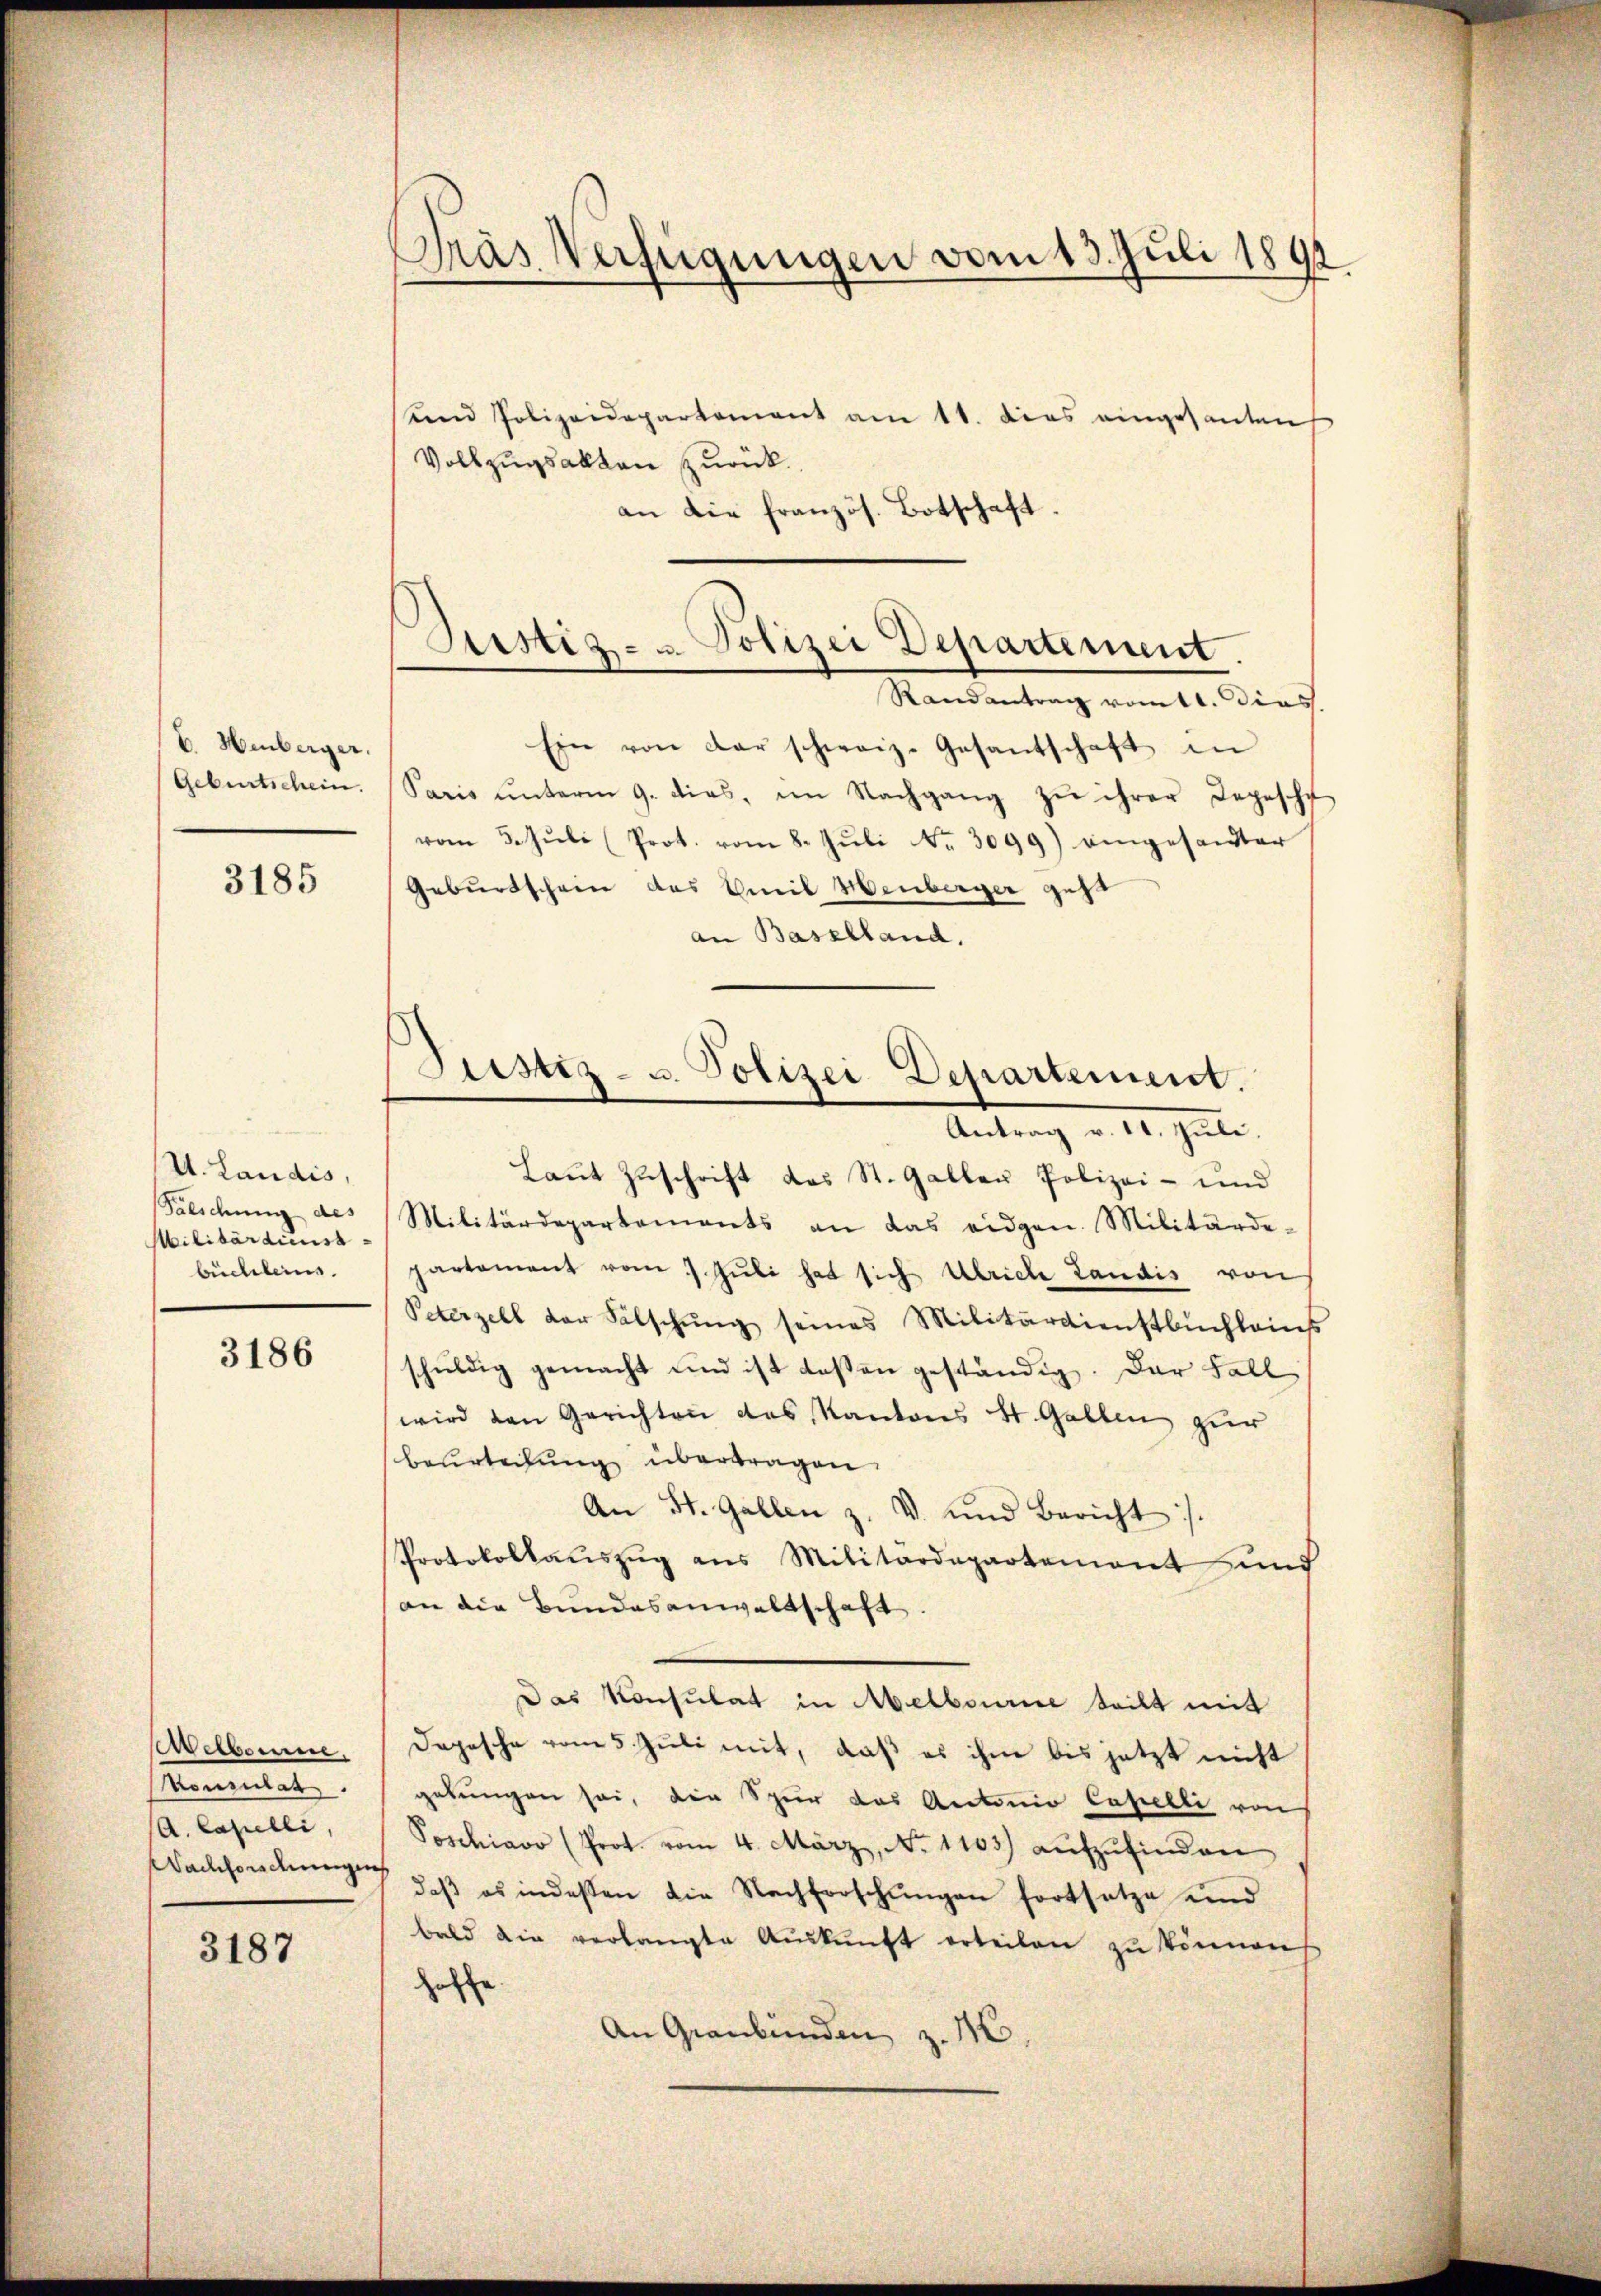
C. Hinberger.
Gebentschein.

3185

U. Landis,
Falschung des
Militärdiess
büchleins.

3186

Welborne
Konsulat.
(A. Capelli,
Nachforschungen

3187

Gras Verfügungen vom 15. Juli 1891
f

Destiz- u. Polizei Departement

und Polizeidepartement am 11. Dies eingesanten
Vollzugsakten zurück.
an die französ. Botschaft
Randantrag vom 11. Dies
Ein von der schweiz. Gesantschaft in
Paris ŭnterm 9. dies, im Nachgang zŭ ihrer Depesche
vom 5. Jŭli (Prot. vom 8. Jŭli Nr. 3099) eingesandter
Geburtschein des Emil Menberger geht
an Baselland.
Laut Zuschrift das St. Gallen Polizei- und
Militärdepartements an das eidgen. Militärde-
partement vom 7. Jŭli hat sich Ulriche Landis von
Peterzell der Fälschŭng seines Militärdienstbuchleins
schuldig gemacht und ist deßen geständig. Der Fall
wird den Gerichten des Kantons St. Gallen zur
beurteilung übertragen.
An St. Gallen z. v. und Bericht :/.
Protokollaŭszŭg ans Militärdepartement und
an die Bundesanwaltschaft.
Das Konsulat in Melbourie teilt mit
Dopesche vom 5. Juli mit, daß es ihm bis jetzt nicht
gebungen sei, die Spur das Antonio Capelli von
Poschiavo (Prot. vom 4. März, No. 1103) aŭfzŭfinden
daβ es indeßen die Nachforschŭngen fortsetze und
bald die verlangte Aŭskŭnft erteilen zŭ können
holfe
An Graubünden z. 16

Justiz- u. Polizei Departement.
Antrag v. 10. Juli.